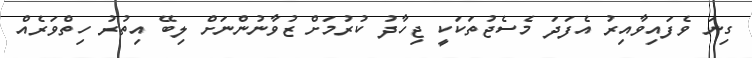
ގިނަ ވެފައިވާއިރު އެފަދަ މެސެޖުތަކަކީ ޖިހާދު ކުރުމަށް ޒުވާނުންނަށް ލިބޭ އިތުރު ހިތްވަރެއް